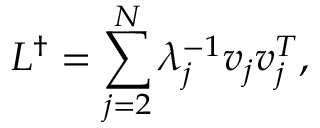
L ^ { \dagger } = \sum _ { j = 2 } ^ { N } \lambda _ { j } ^ { - 1 } v _ { j } v _ { j } ^ { T } ,